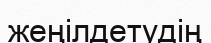
жеңілдетудің